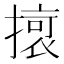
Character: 𭢔